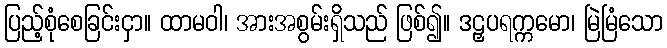
ပြည့်စုံစေခြင်းငှာ။ ထာမဝါ၊ အားအစွမ်းရှိသည် ဖြစ်၍။ ဒဠှပရက္ကမော၊ မြဲမြံသော